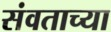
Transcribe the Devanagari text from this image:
संवताच्या